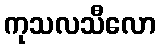
ကုသလသီလော